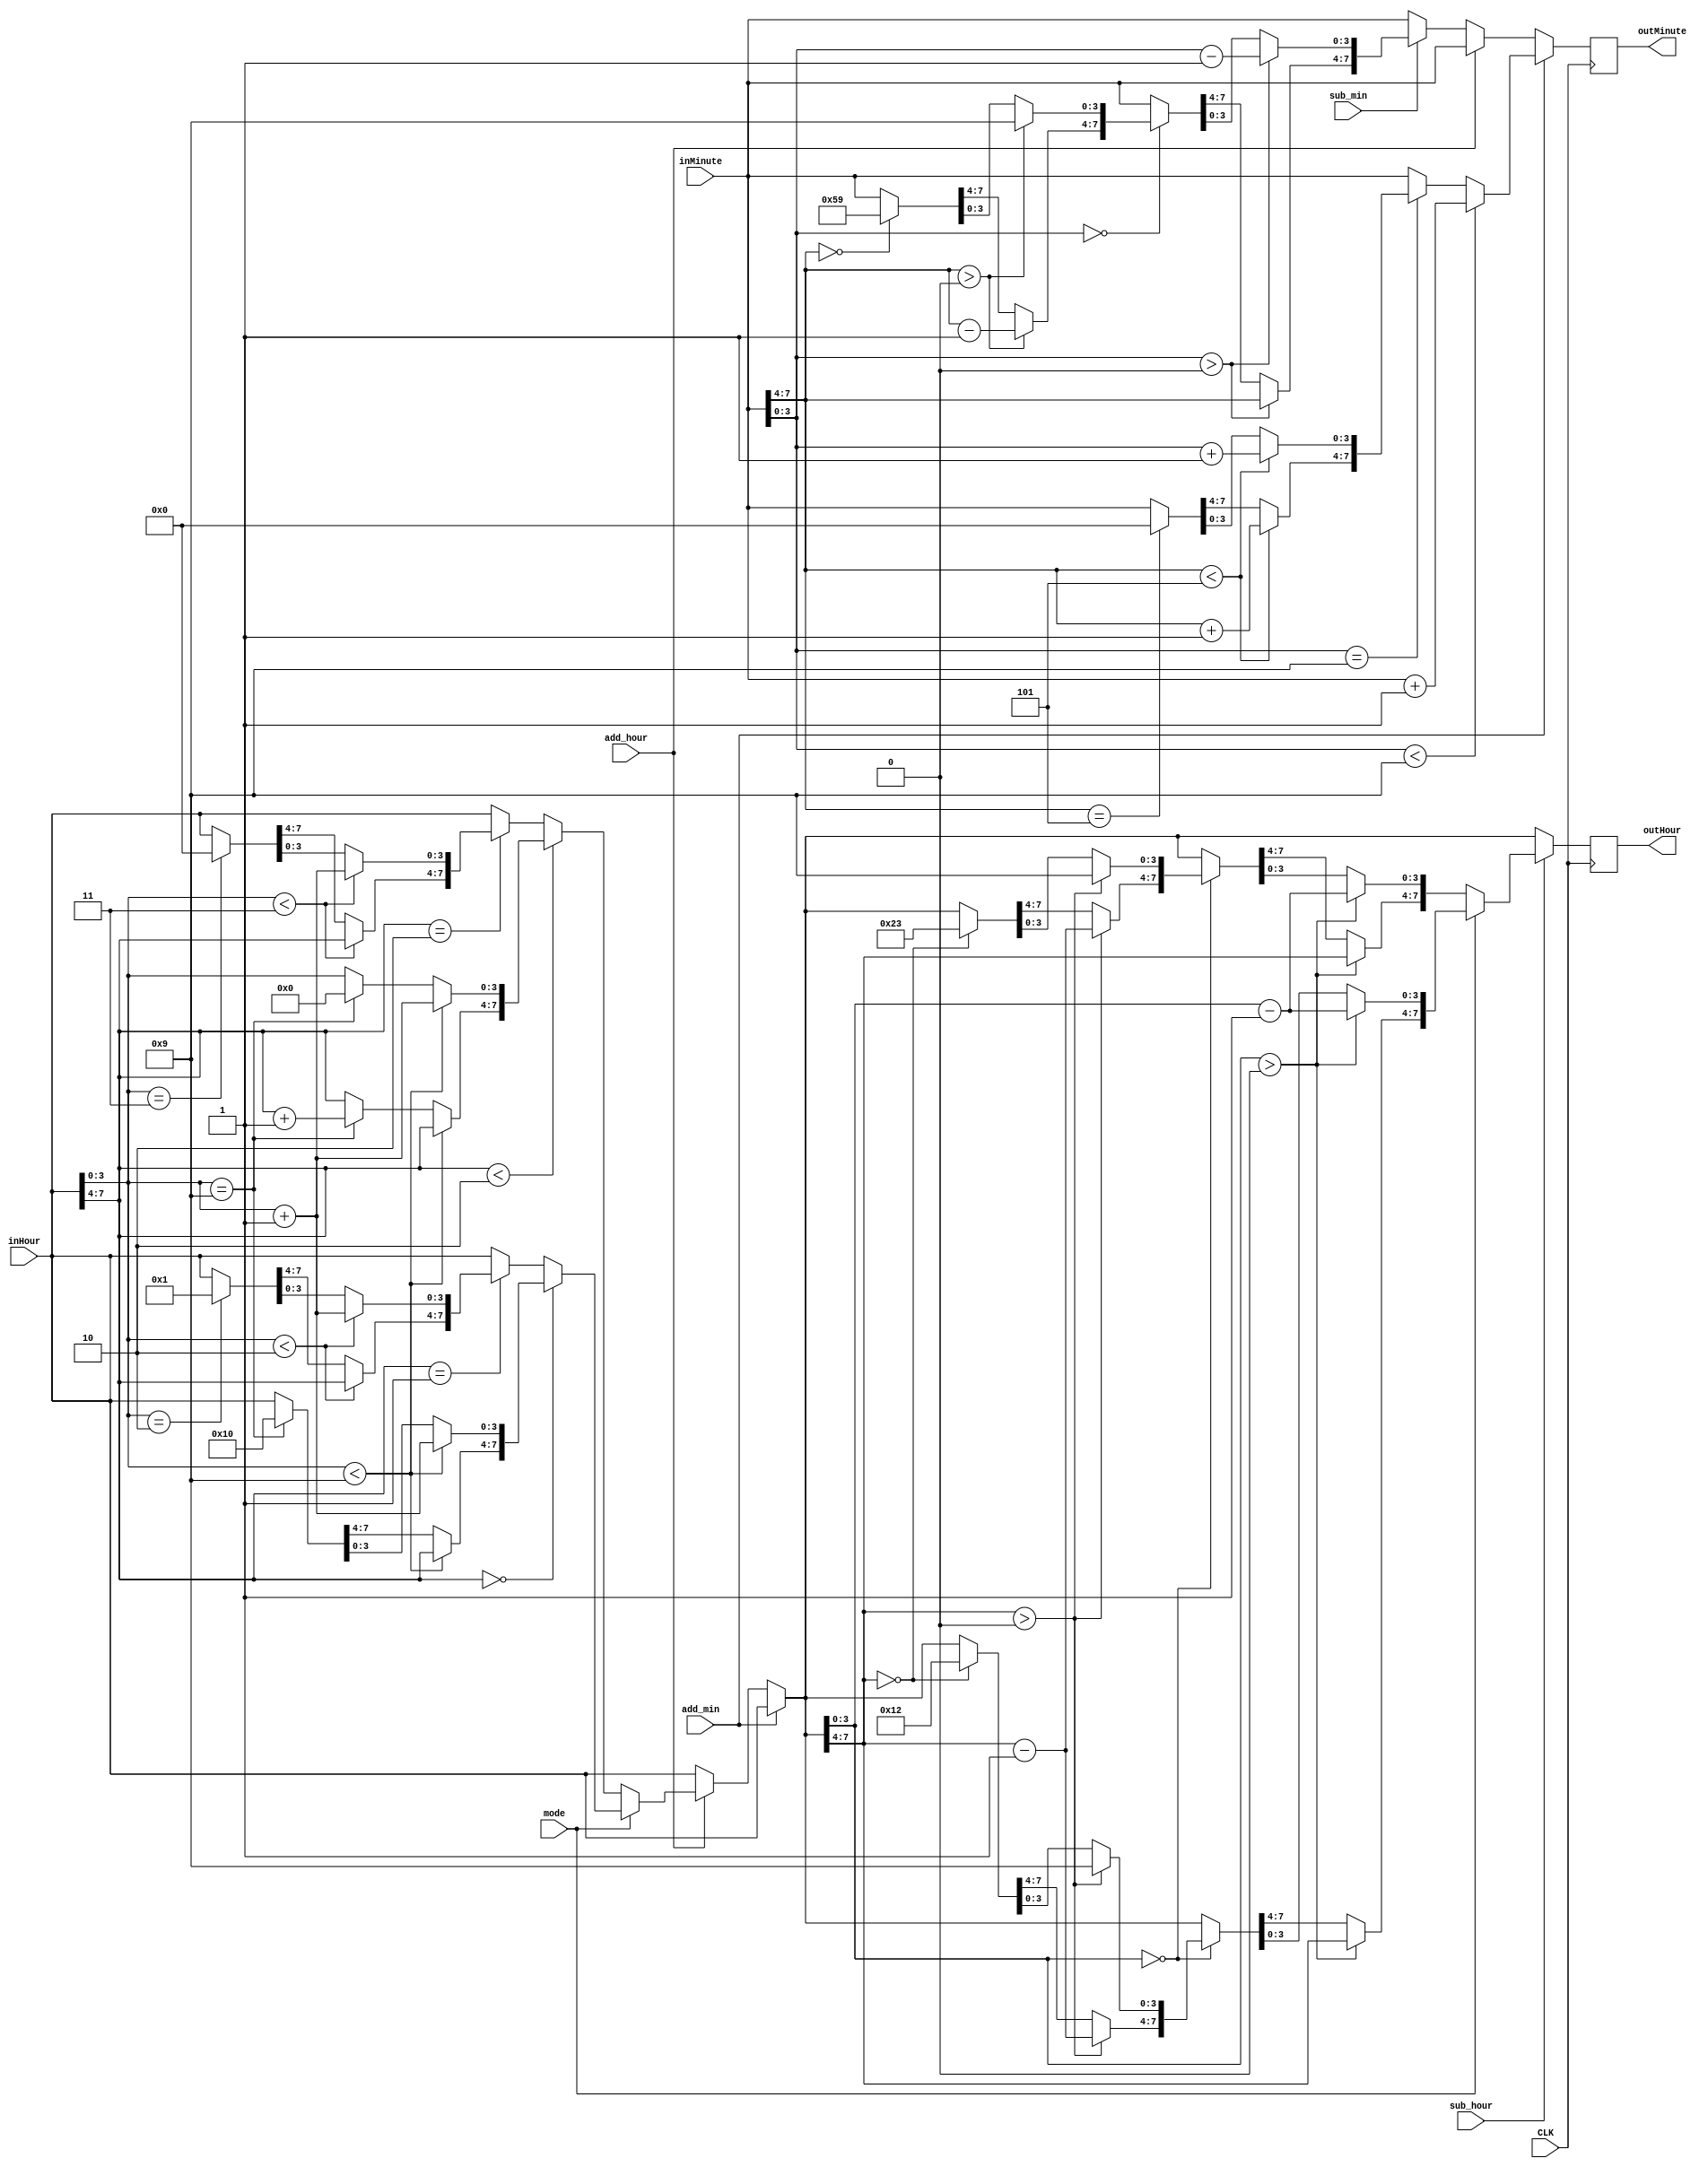
/**
 * Content: setting
 */

 module setting(
	 CLK,
    add_hour,
    sub_hour,
    add_min,
    sub_min,
    inHour,
    inMinute,
    mode,
	 outHour,
	 outMinute
	 
 );
    // mode = 0 -> 24
    // mode = 1 -> 12
	 input CLK;
    input mode;
    input add_hour;
    input sub_hour;
    input sub_min;
    input add_min;
    input [7:0] inHour;
    input [7:0] inMinute;
	 output reg [7:0] outHour;
	 output reg [7:0] outMinute;



    always @(posedge CLK) begin
        outMinute = inMinute;
        outHour = inHour;
        if (add_min) begin
            // second (x0~x8)
            if (outMinute[3:0] < 4'd9) begin
                outMinute = outMinute + 1;
            end
            // second (x9)
            else if (outMinute[3:0] == 4'd9) begin
                if (outMinute[7:4] < 4'd5) begin
                    outMinute[7:4] = outMinute[7:4] + 1;
                    outMinute[3:0] = outMinute[3:0] + 1;
                end
                // second (59)
                else if (outMinute[7:4] == 4'd5) begin
                    outMinute = 8'h00;
                end
            end   
        end
        else if (add_hour) begin
            if (mode == 0) begin                    
                // hour(0-19)
                if (outHour[7:4] < 4'd2) begin
                    // hour=00~08 // 10 ~ 18
                    if (outHour[3:0] < 4'd9) begin
                        outHour[3:0] = outHour[3:0] + 1'b1;
                    end
                    // hour == 9 / 19
                    else if (outHour[3:0] == 4'd9) begin
                        outHour[7:4] = outHour[7:4] + 1'b1;
                        outHour[3:0] = 4'h0;
                    end
                end
                // hour =20~24
                else if (outHour[7:4] == 4'd2) begin
                    // hour = 20 ~ 22
                    if (outHour[3:0] < 4'd3) begin
                        outHour[3:0] = outHour[3:0] + 1'b1;
                    end
                    else if (outHour[3:0] == 4'd3) begin
                        outHour[7:0] = 8'h00;
                    end
                end
            end
            else if (mode == 1) begin
                if(outHour[7:4] == 4'd0) begin
                    if (outHour[3:0] < 4'd9) begin
                        outHour[3:0] = outHour[3:0] + 1'b1;
                    end
                    else if (outHour[3:0] == 4'd9) begin
                        outHour[7:0] = 8'h10;
                    end 
                end
                else if(outHour[7:4] == 4'd1) begin
                    if(outHour[3:0] < 4'd2) begin
                        outHour[3:0] = outHour[3:0] + 1'b1;
                    end
                    else if (outHour[3:0] == 4'd2) begin
                        outHour[7:0] = 8'h01;
                    end
                end
            end
        end

        else if (sub_min) begin
             // min x1~x9
             if (outMinute[3:0] > 4'h0) begin
                outMinute[3:0] = outMinute[3:0] - 1'b1;
             end
             else if (outMinute[3:0] == 4'h0) begin
                if(outMinute[7:4] > 4'h0) begin
                    outMinute[7:4] = outMinute[7:4] - 1'b1;
                    outMinute[3:0] = 4'h9;
                end
                else if (outMinute[7:4] == 4'h0) begin
                    outMinute[7:0] = 8'h59;
                end
             end
        end
        if (sub_hour) begin
            if(mode == 0) begin
                if(outHour[3:0] > 0) begin
                    outHour[3:0] = outHour[3:0] - 1'b1;
                end
                else if (outHour[3:0] == 0) begin
                    if (outHour[7:4] > 0) begin
                        outHour[7:4] = outHour[7:4] - 1'b1;
                        outHour[3:0] = 4'h9;
                    end
                    else if (outHour[7:4] == 0) begin
                        outHour[7:0] = 8'h23;
                    end
                end
            end
            else if (mode == 1) begin
                if(outHour[3:0] > 0) begin
                    outHour[3:0] = outHour[3:0] - 1'b1;
                end
                else if (outHour[3:0] == 0) begin
                    if (outHour[7:4] > 0) begin
                        outHour[7:4] = outHour[7:4] - 1'b1;
                        outHour[3:0] = 4'h9;
                    end
                    else if (outHour[7:4] == 0) begin
                        outHour[7:0] = 8'h12;
                    end
                end
            end
        end
    end

endmodule // setting